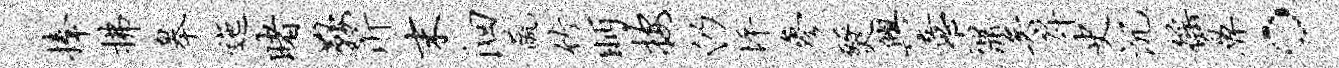
捧拂皋迤睹鞍沂末洄蔬竹眄按仍坪参燹兴意鼐矣戽史沉徭鼻。